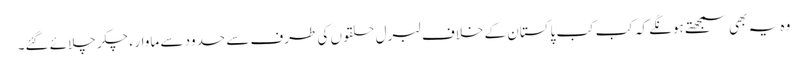
وہ یہ بھی سمجھتے ہونگے کہ کب کب پاکستان کے خلاف لبرل حلقوں کی طرف سے حدود سے ماوارء چکر چلائے گئے۔